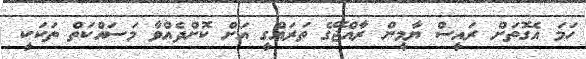
ހަމަ އެގޮތަށް ރައީސް ޔާމީން ރާއްޖޭގެ ތަރައްގީ އަށް ކޮށްދެއްވާ މަސައްކަތް ތަކަކީ